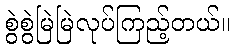
စွဲစွဲမြဲမြဲလုပ်ကြည့်တယ်။